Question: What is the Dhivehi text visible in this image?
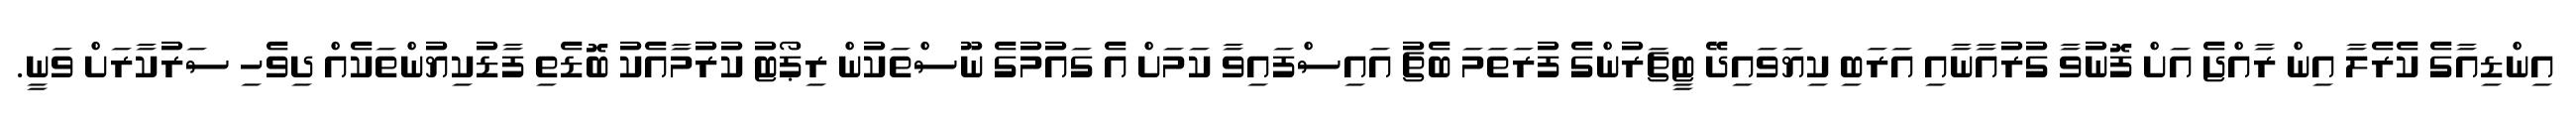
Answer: އިންޑިއާގެ ކެރެލާ އިން ރާއްޖެ އަށް ފޮނުވާ ގުރުއާނާއި އަރަބި ކިޔަވައިދޭ ޓީޗަރުންގެ ފުރަތަމަ ބެޗު އައިސްފައިވާ ކަމަށް އެ ގައުމުގެ ނޫސްތަކުން ރިޕޯޓު ކުރުމާއެކު ބޮޑެތި ފާޑުކިޔުންތަކެއް ދިވެހި ސަރުކާރަށް ވަނީ.